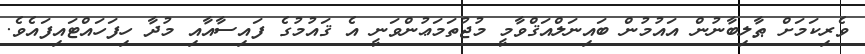
ވެރިކަމަށް ޠާލިބާނުން އައުމުން ބައިނަލްއަޤްވާމީ މުޖުތަމަޢުންވަނީ އެ ޤައުމުގެ ފައިސާއާއި މުދާ ހިފަހައްޓައިފައެވެ.